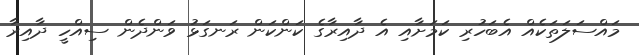
މައްސަލަތަކެއް އެބަހުރި ކަމަށާއި އެ ދާއިރާގެ ކަންކަން ރަނގަޅު ވަންދެން ސިއްހީ ދާއިރާ